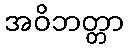
အဝိဘတ္တာ